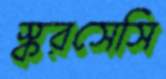
স্করসেসি